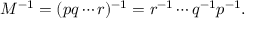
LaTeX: M ^ { - 1 } = ( p q \cdots r ) ^ { - 1 } = r ^ { - 1 } \cdots q ^ { - 1 } p ^ { - 1 } .